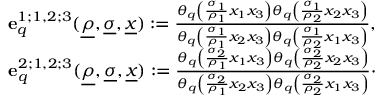
\begin{array} { r } { \mathbf { e } _ { q } ^ { 1 ; 1 , 2 ; 3 } ( \underline { { \rho } } , \underline { { \sigma } } , \underline { { x } } ) : = \frac { { \theta _ { q } } \left( \frac { \sigma _ { 1 } } { \rho _ { 1 } } x _ { 1 } x _ { 3 } \right) { \theta _ { q } } \left( \frac { \sigma _ { 1 } } { \rho _ { 2 } } x _ { 2 } x _ { 3 } \right) } { { \theta _ { q } } \left( \frac { \sigma _ { 1 } } { \rho _ { 1 } } x _ { 2 } x _ { 3 } \right) { \theta _ { q } } \left( \frac { \sigma _ { 1 } } { \rho _ { 2 } } x _ { 1 } x _ { 3 } \right) } , } \\ { \mathbf { e } _ { q } ^ { 2 ; 1 , 2 ; 3 } ( \underline { { \rho } } , \underline { { \sigma } } , \underline { { x } } ) : = \frac { { \theta _ { q } } \left( \frac { \sigma _ { 2 } } { \rho _ { 1 } } x _ { 1 } x _ { 3 } \right) { \theta _ { q } } \left( \frac { \sigma _ { 2 } } { \rho _ { 2 } } x _ { 2 } x _ { 3 } \right) } { { \theta _ { q } } \left( \frac { \sigma _ { 2 } } { \rho _ { 1 } } x _ { 2 } x _ { 3 } \right) { \theta _ { q } } \left( \frac { \sigma _ { 2 } } { \rho _ { 2 } } x _ { 1 } x _ { 3 } \right) } \cdot } \end{array}